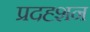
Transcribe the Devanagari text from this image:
प्रदह्शन